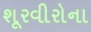
શૂરવીરોના